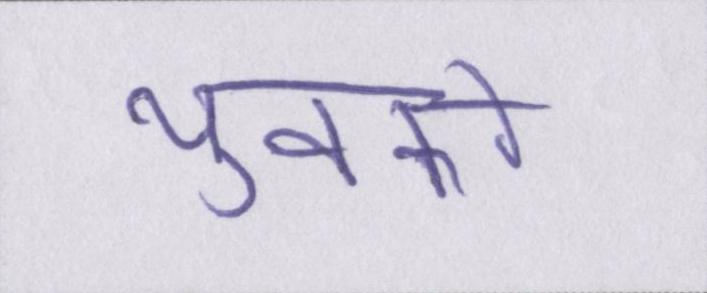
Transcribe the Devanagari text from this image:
युवकों